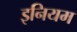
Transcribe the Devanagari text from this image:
इनियम